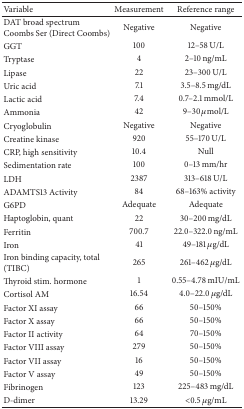
<table><thead><tr><td><b>Variable</b></td><td><b>Measurement</b></td><td><b>Reference range</b></td></tr></thead><tbody><tr><td>DAT broad spectrum Coombs Ser (Direct Coombs)</td><td>Negative</td><td>Negative</td></tr><tr><td>GGT</td><td>100</td><td>12–58 U/L</td></tr><tr><td>Tryptase</td><td>4</td><td>2–10 ng/mL</td></tr><tr><td>Lipase</td><td>22</td><td>23–300 U/L</td></tr><tr><td>Uric acid</td><td>7.1</td><td>3.5–8.5 mg/dL</td></tr><tr><td>Lactic acid</td><td>7.4</td><td>0.7–2.1 mmol/L</td></tr><tr><td>Ammonia</td><td>42</td><td>9–30 <i>μ</i>mol/L</td></tr><tr><td>Cryoglobulin</td><td>Negative</td><td>Negative</td></tr><tr><td>Creatine kinase</td><td>920</td><td>55–170 U/L</td></tr><tr><td>CRP, high sensitivity</td><td>10.4</td><td>Null</td></tr><tr><td>Sedimentation rate</td><td>100</td><td>0–13 mm/hr</td></tr><tr><td>LDH</td><td>2387</td><td>313–618 U/L</td></tr><tr><td>ADAMTS13 Activity</td><td>84</td><td>68–163% activity</td></tr><tr><td>G6PD</td><td>Adequate</td><td>Adequate</td></tr><tr><td>Haptoglobin, quant</td><td>22</td><td>30–200 mg/dL</td></tr><tr><td>Ferritin</td><td>700.7</td><td>22.0–322.0 ng/mL</td></tr><tr><td>Iron</td><td>41</td><td>49–181 <i>μ</i>g/dL</td></tr><tr><td>Iron binding capacity, total (TIBC)</td><td>265</td><td>261–462 <i>μ</i>g/dL</td></tr><tr><td>Thyroid stim. hormone</td><td>1</td><td>0.55–4.78 mIU/mL</td></tr><tr><td>Cortisol AM</td><td>16.54</td><td>4.0–22.0 <i>μ</i>g/dL</td></tr><tr><td>Factor XI assay</td><td>66</td><td>50–150%</td></tr><tr><td>Factor X assay</td><td>66</td><td>50–150%</td></tr><tr><td>Factor II activity</td><td>64</td><td>70–150%</td></tr><tr><td>Factor VIII assay</td><td>279</td><td>50–150%</td></tr><tr><td>Factor VII assay</td><td>16</td><td>50–150%</td></tr><tr><td>Factor V assay</td><td>49</td><td>50–150%</td></tr><tr><td>Fibrinogen</td><td>123</td><td>225–483 mg/dL</td></tr><tr><td>D-dimer</td><td>13.29</td><td>&lt;0.5 <i>μ</i>g/mL</td></tr></tbody></table>